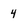
Character: 4